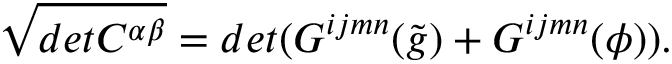
\sqrt { d e t C ^ { \alpha \beta } } = d e t ( G ^ { i j m n } ( \tilde { g } ) + G ^ { i j m n } ( \phi ) ) .